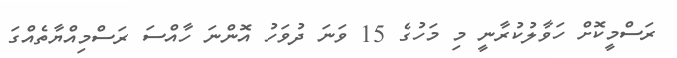
ރަސްމީކޮށް ހަވާލުކުރާނީ މި މަހުގެ 15 ވަނަ ދުވަހު އޮންނަ ހާއްސަ ރަސްމިއްޔާތެއްގަ